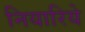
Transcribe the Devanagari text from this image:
नियारिये